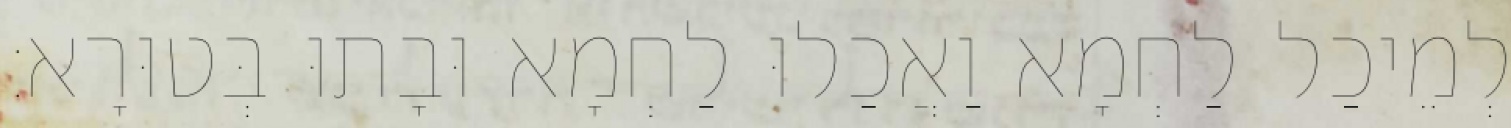
לְמֵיכַל לַחְמָא וַאֲכַלוּ לַחְמָא וּבָתוּ בְּטוּרָא׃